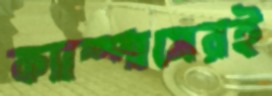
ক্যাম্পাসেরই